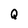
Character: Q